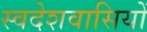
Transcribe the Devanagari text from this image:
स्वदेशवासियों